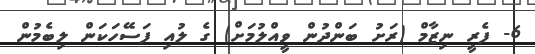
6- ފެރީ ނިޒާމް (ރަށު ބަންދުން ވީއްލުމަށް) ގެ ލުއި ފަސޭހަކަން ލިބެމުން